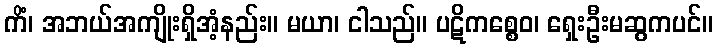
ကိံ၊ အဘယ်အကျိုးရှိအံ့နည်း။ မယာ၊ ငါသည်။ ပဋိကစ္စေဝ၊ ရှေးဦးမဆွကပင်။